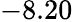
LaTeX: -8.20